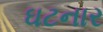
ઘટનાર